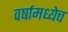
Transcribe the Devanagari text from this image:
वर्षामध्येच